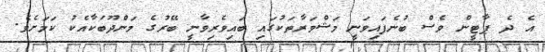
އެ ދެ ޕާޓީން ވެސް ބުނެފައިވަނީ މަޝްވަރާތަކުގައި ބައިވެރިވާނީ ބޭރުގެ މަންދޫބަކާއެކު ކަމަށެވެ.